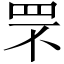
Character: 罘